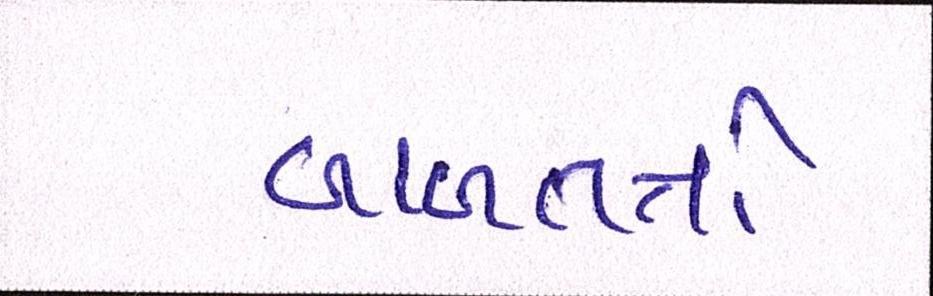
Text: બાબતતો